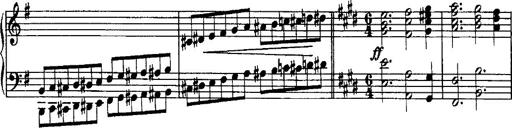
Title: Rondo di bravura
Composer: Franz Liszt